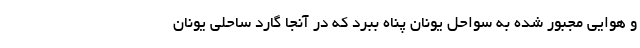
و هوایی مجبور شده به سواحل یونان پناه ببرد که در آنجا گارد ساحلی یونان